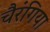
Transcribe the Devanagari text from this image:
चैरंगिया